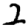
Digit: 2